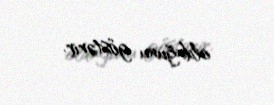
olduğunu göstərir.